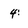
Character: 4